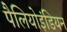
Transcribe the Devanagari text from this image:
पैलियोइंडियन